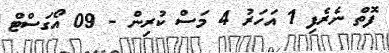
ފޮތް ނެރެފި 1 އަހަރު 4 މަސް ކުރިން - 09 އޯގަސްޓް